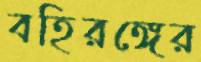
বহিরঙ্গের